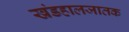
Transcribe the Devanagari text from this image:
खंडहालजातक